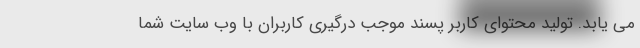
می یابد. تولید محتوای کاربر پسند موجب درگیری کاربران با وب سایت شما